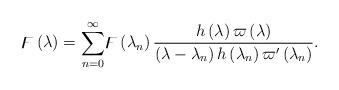
LaTeX: \begin{align*}\digamma \left( \lambda \right) =\overset{\infty }{\underset{n=0}{\sum }}\digamma \left( \lambda _{n}\right) \frac{h\left( \lambda \right) \varpi\left( \lambda \right) }{\left( \lambda -\lambda _{n}\right) h\left( \lambda_{n}\right) \varpi ^{\prime }\left( \lambda _{n}\right) }. \end{align*}